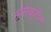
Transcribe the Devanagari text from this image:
अमेक्रीन